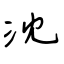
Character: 沈